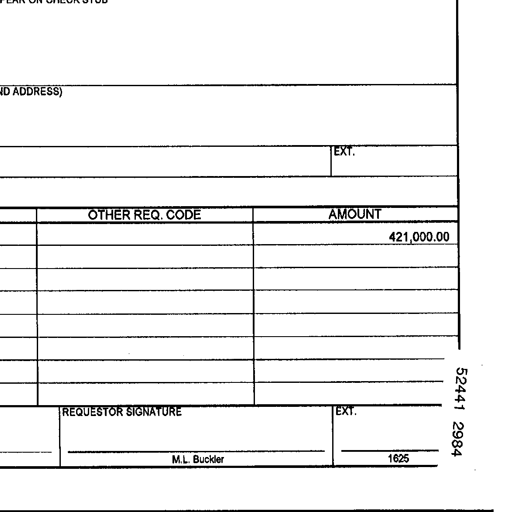
Transcript:
ND ADDRESS)
EXT.
OTHER REQ. CODE AMOUNT
421,000.00
REQUESTOR SIGNATURE EXT.
52441 2984
M.L. Buckler 1625